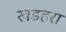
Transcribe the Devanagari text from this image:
खडहरा